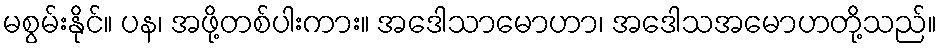
မစွမ်းနိုင်။ ပန၊ အဖို့တစ်ပါးကား။ အဒေါသာမောဟာ၊ အဒေါသအမောဟတို့သည်။